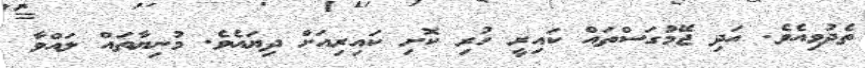
ތެދުވިއެވެ. އަދި ޖޭމުގަސްތައް ކައިރީ ހުރި ކޮށި ކައިރިއަށް ދިޔައެވެ. މުނިޔާތައް ލައްވާ